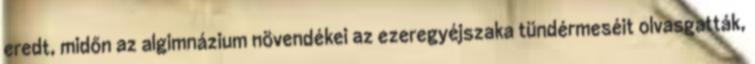
eredt, midőn az algimnázium növendékei az ezeregyéjszaka tündérmeséit olvasgatták,